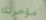
مؤخرتك